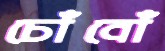
চোঁবোঁ